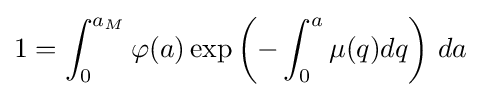
1=\int _{0}^{a_{M}}\varphi (a)\exp \left(-\int _{0}^{a}{\mu (q)dq}\right)\,da